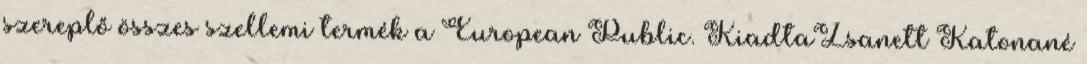
szereplő összes szellemi termék a European Public. KiadtaZsanett Katonané